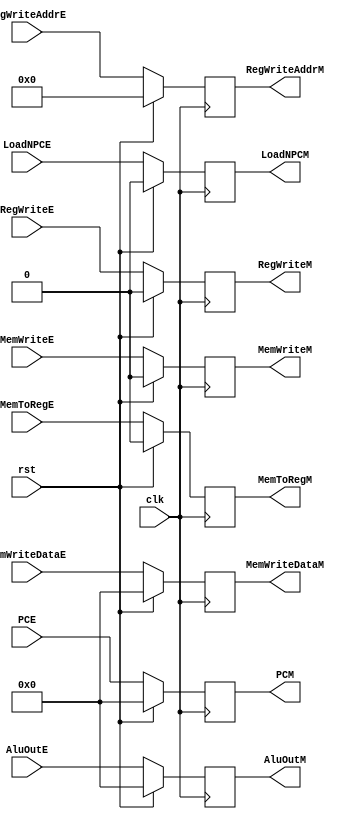
module reg_ex_mem (
    input wire        clk,
    input wire        rst,
    input wire [31:0] PCE,
    input wire [31:0] AluOutE,
    input wire [31:0] MemWriteDataE,
    input wire [ 4:0] RegWriteAddrE,

    input wire MemWriteE,
    input wire MemToRegE,
    input wire RegWriteE,
    input wire LoadNPCE,

    output reg [31:0] PCM,
    output reg [31:0] AluOutM,
    output reg [31:0] MemWriteDataM,
    output reg [ 4:0] RegWriteAddrM,

    output reg MemWriteM,
    output reg MemToRegM,
    output reg RegWriteM,
    output reg LoadNPCM
);

  always @(posedge clk) begin
    if (rst) begin
      PCM           <= 32'h0;
      AluOutM       <= 32'h0;
      MemWriteDataM <= 32'h0;
      RegWriteAddrM <= 5'b0;
      MemWriteM     <= 1'b0;
      MemToRegM     <= 1'b0;
      RegWriteM     <= 1'b0;
      LoadNPCM      <= 1'b0;
    end else begin
      PCM           <= PCE;
      AluOutM       <= AluOutE;
      MemWriteDataM <= MemWriteDataE;
      RegWriteAddrM <= RegWriteAddrE;
      MemWriteM     <= MemWriteE;
      MemToRegM     <= MemToRegE;
      RegWriteM     <= RegWriteE;
      LoadNPCM      <= LoadNPCE;
    end
  end

endmodule